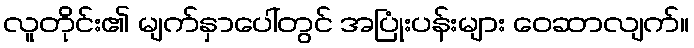
လူတိုင်း၏ မျက်နှာပေါ်တွင် အပြုံးပန်းများ ဝေဆာလျက်။